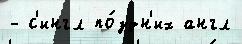
- с'ингл по́здн'их англ